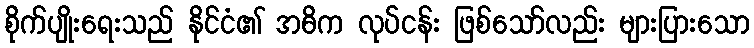
စိုက်ပျိုးရေးသည် နိုင်ငံ၏ အဓိက လုပ်ငန်း ဖြစ်သော်လည်း များပြားသော